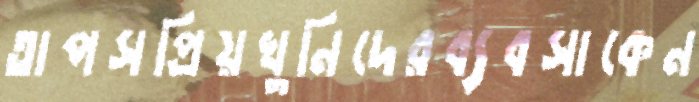
তাপসপ্রিয়খুনিদেরব্যবসাকেন